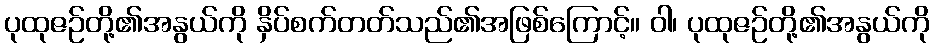
ပုထုဇဉ်တို့၏အနွယ်ကို နှိပ်စက်တတ်သည်၏အဖြစ်ကြောင့်။ ဝါ၊ ပုထုဇဉ်တို့၏အနွယ်ကို